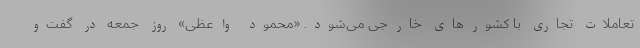
تعاملات تجاری با کشورهای خارجی می‌شود. «محمود واعظی» روز جمعه در گفت‌و